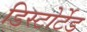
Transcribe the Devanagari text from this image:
डिस्टोर्टेड